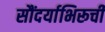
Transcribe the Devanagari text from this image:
सौंदर्याभिरूची